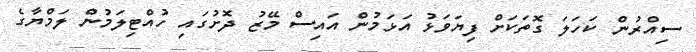
ސިއްރުން ކަހަލަ ގޮތަކަށް ފިޔަވަޅު އަޅަމުން އައިސް މޭޒު ދޮށުގައި ހުއްޓިލަމުން ލަމްޔާގެ